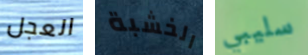
العجل الخشبة سليبي